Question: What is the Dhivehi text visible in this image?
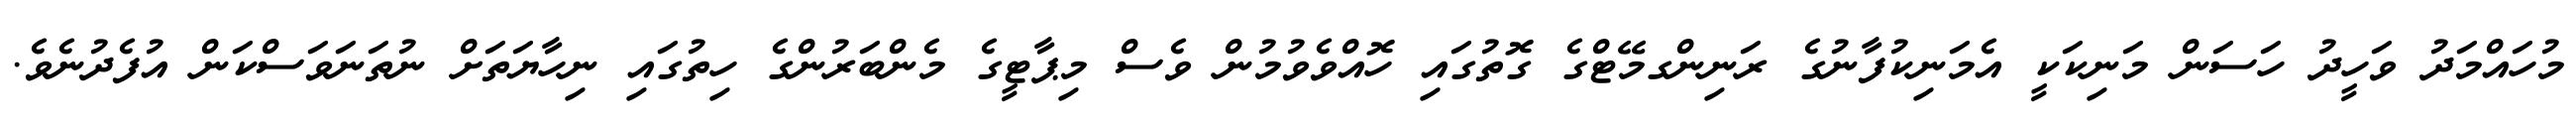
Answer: މުހައްމަދު ވަހީދު ހަސަން މަނިކަކީ އެމަނިކުފާނުގެ ރަނިންގމޭޓްގެ ގޮތުގައި ހޮއްވެވުމުން ވެސް މިޕާޓީގެ މެންބަރުންގެ ހިތުގައި ނިހާޔަތަށް ނުތަނަވަސްކަން އުފެދުނެވެ.